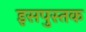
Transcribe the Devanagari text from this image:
इसपुस्तक